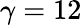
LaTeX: \gamma=12